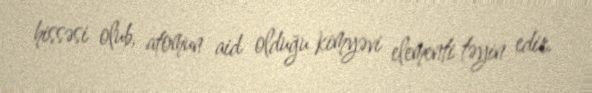
hissəsi olub, atomun aid olduğu kimyəvi elementi təyin edir.